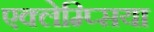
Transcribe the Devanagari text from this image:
एक्लेम्प्सिया